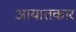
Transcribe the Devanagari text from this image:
आयातकार